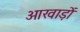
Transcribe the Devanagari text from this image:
आखाड़ों